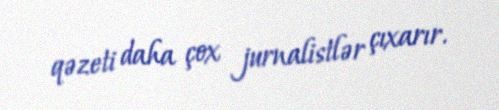
qəzeti daha çox jurnalistlər çıxarır.